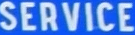
SERVICE